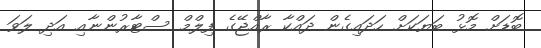
ބޮޑަށް މޮޅު ބަޔަކަށް ހަަދައިގެން ދައްކާ ރާއްޖޭގެ ފިލްމް ސްޓާރުންނާއި އަދި ލަވަ